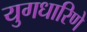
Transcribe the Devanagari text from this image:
युगधारिणे